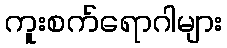
ကူးစက်ရောဂါများ